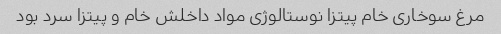
مرغ سوخاری خام پیتزا نوستالوژی مواد داخلش خام و پیتزا سرد بود